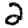
Digit: 2